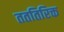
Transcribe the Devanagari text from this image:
तततिरिक्त